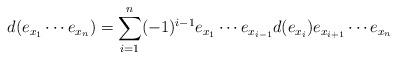
LaTeX: \begin{align*}d(e_{x_1}\cdots e_{x_n})=\sum_{i=1}^ n(-1)^ {i-1} e_{x_1}\cdots e_{x_{i-1}}d(e_{x_i})e_{x_{i+1}}\cdots e_{x_n}\end{align*}